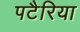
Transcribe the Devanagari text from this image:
पटैरिया